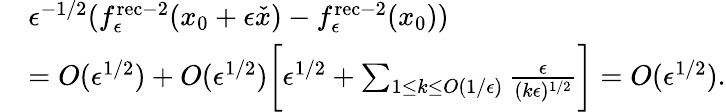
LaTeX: \begin{array}{rl}&{\epsilon^{-1/2}(f_{\epsilon}^{\mathrm{rec-2}}(x_{0}+\epsilon\check{x})-f_{\epsilon}^{\mathrm{rec-2}}(x_{0}))}\\ &{=O(\epsilon^{1/2})+O(\epsilon^{1/2})\biggl[\epsilon^{1/2}+\sum_{1\le k\le O(1/\epsilon)}\frac{\epsilon}{(k\epsilon)^{1/2}}\biggr]=O(\epsilon^{1/2}).}\end{array}